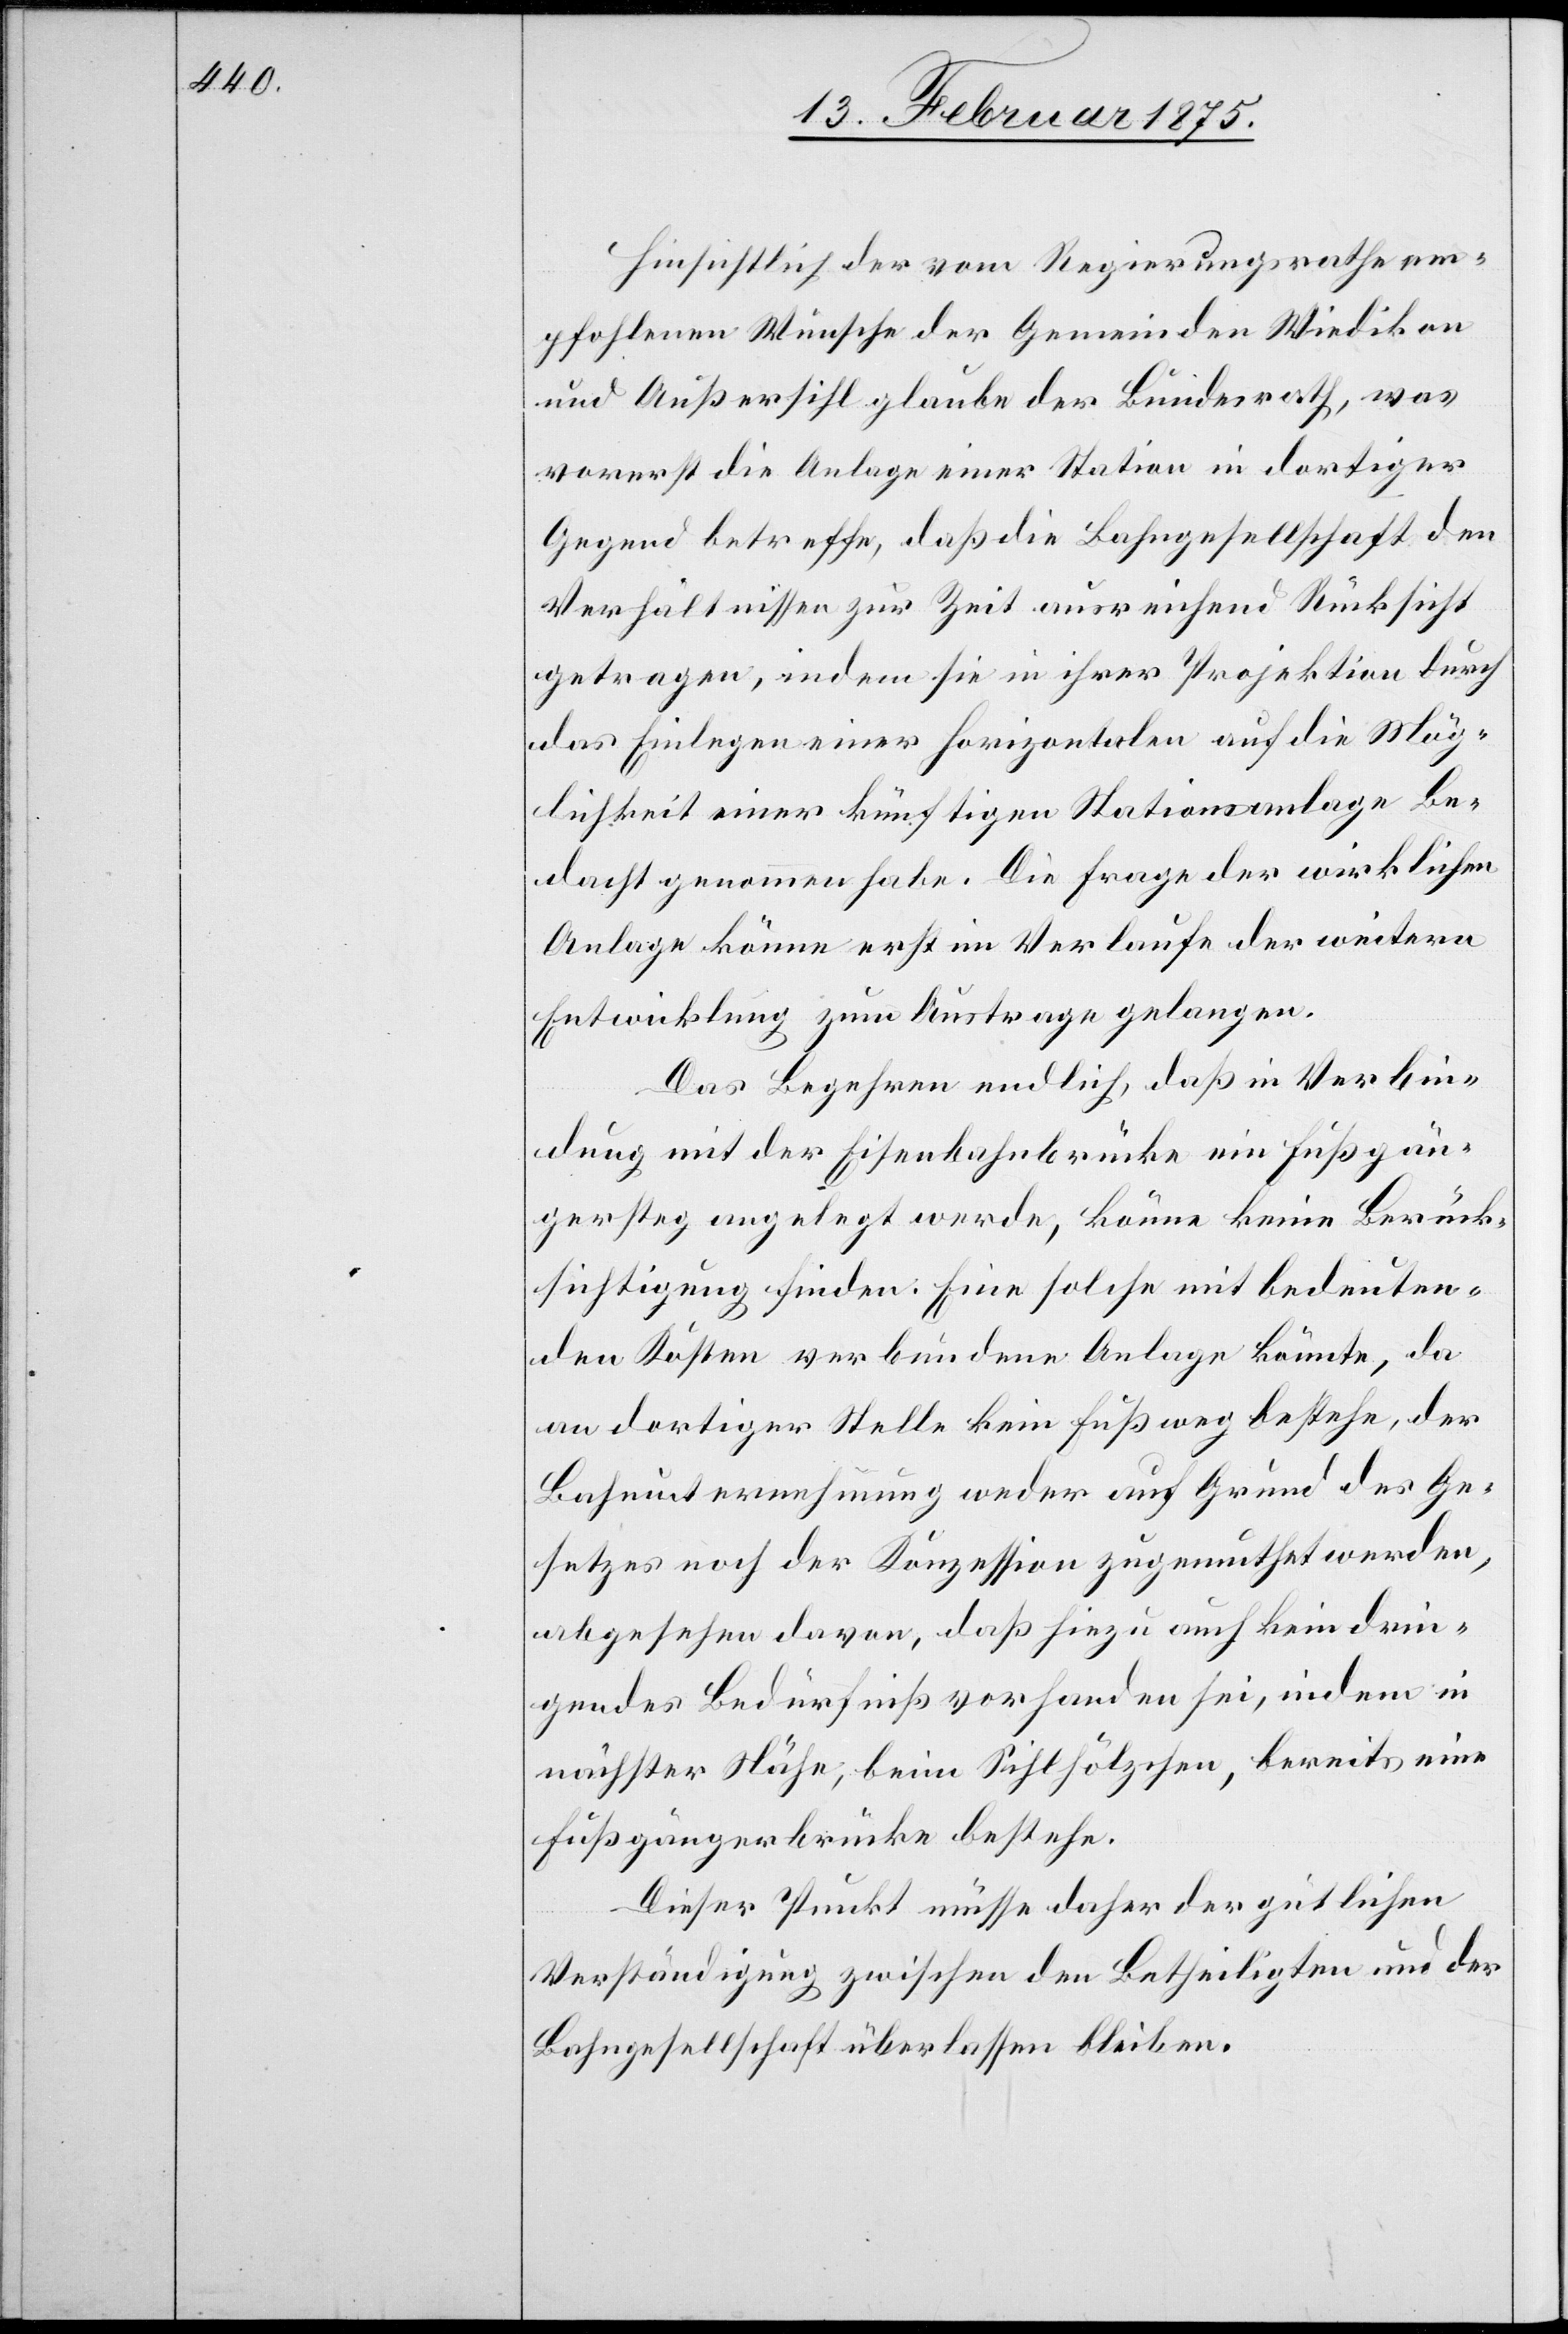
Hinsichtlich der vom Regierungsrathe em¬
pfohlenen Wünsche der Gemeinden Wiedikon
und Außersihl glaube der Bundesrath, was
vorerst die Anlage einer Station in dortiger
Gegend betreffe, daß die Bahngesellschaft den
Verhältnissen zur Zeit ausreichend Rücksicht
getragen, indem sie in ihrer Projektion durch
das Einlegen einer Horizontalen auf die Mög¬
lichkeit einer künftigen Stationsanlage Be¬
dacht genommen habe. Die Frage der wirklichen
Anlage könne erst im Verlaufe der weitern
Entwicklung zum Austrage gelangen.
Das Begehren endlich, daß in Verbin¬
dung mit der Eisenbahnbrücke ein Fußgän¬
gersteg angelegt werde, könne keine Berück¬
sichtigung finden: Eine solche mit bedeuten¬
den Kosten verbundene Anlage könnte, da
an dortiger Stelle kein Fußweg bestehe, der
Bahnunternehmung weder auf Grund des Ge¬
setzes noch der Konzession zugemuthet werden,
abgesehen davon, daß hiezu auch kein drin¬
gendes Bedürfniß vorhanden sei, indem in
nächster Nähe, beim Sihlhölzchen, bereits eine
Fußgängerbrücke bestehe.
Dieser Punkt müsse daher der gütlichen
Verständigung zwischen den Betheiligten und der
Bahngesellschaft überlassen bleiben.